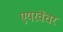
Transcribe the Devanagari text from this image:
एयरवेंचर